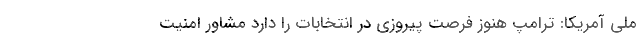
ملی آمریکا: ترامپ هنوز فرصت پیروزی در انتخابات را دارد مشاور امنیت